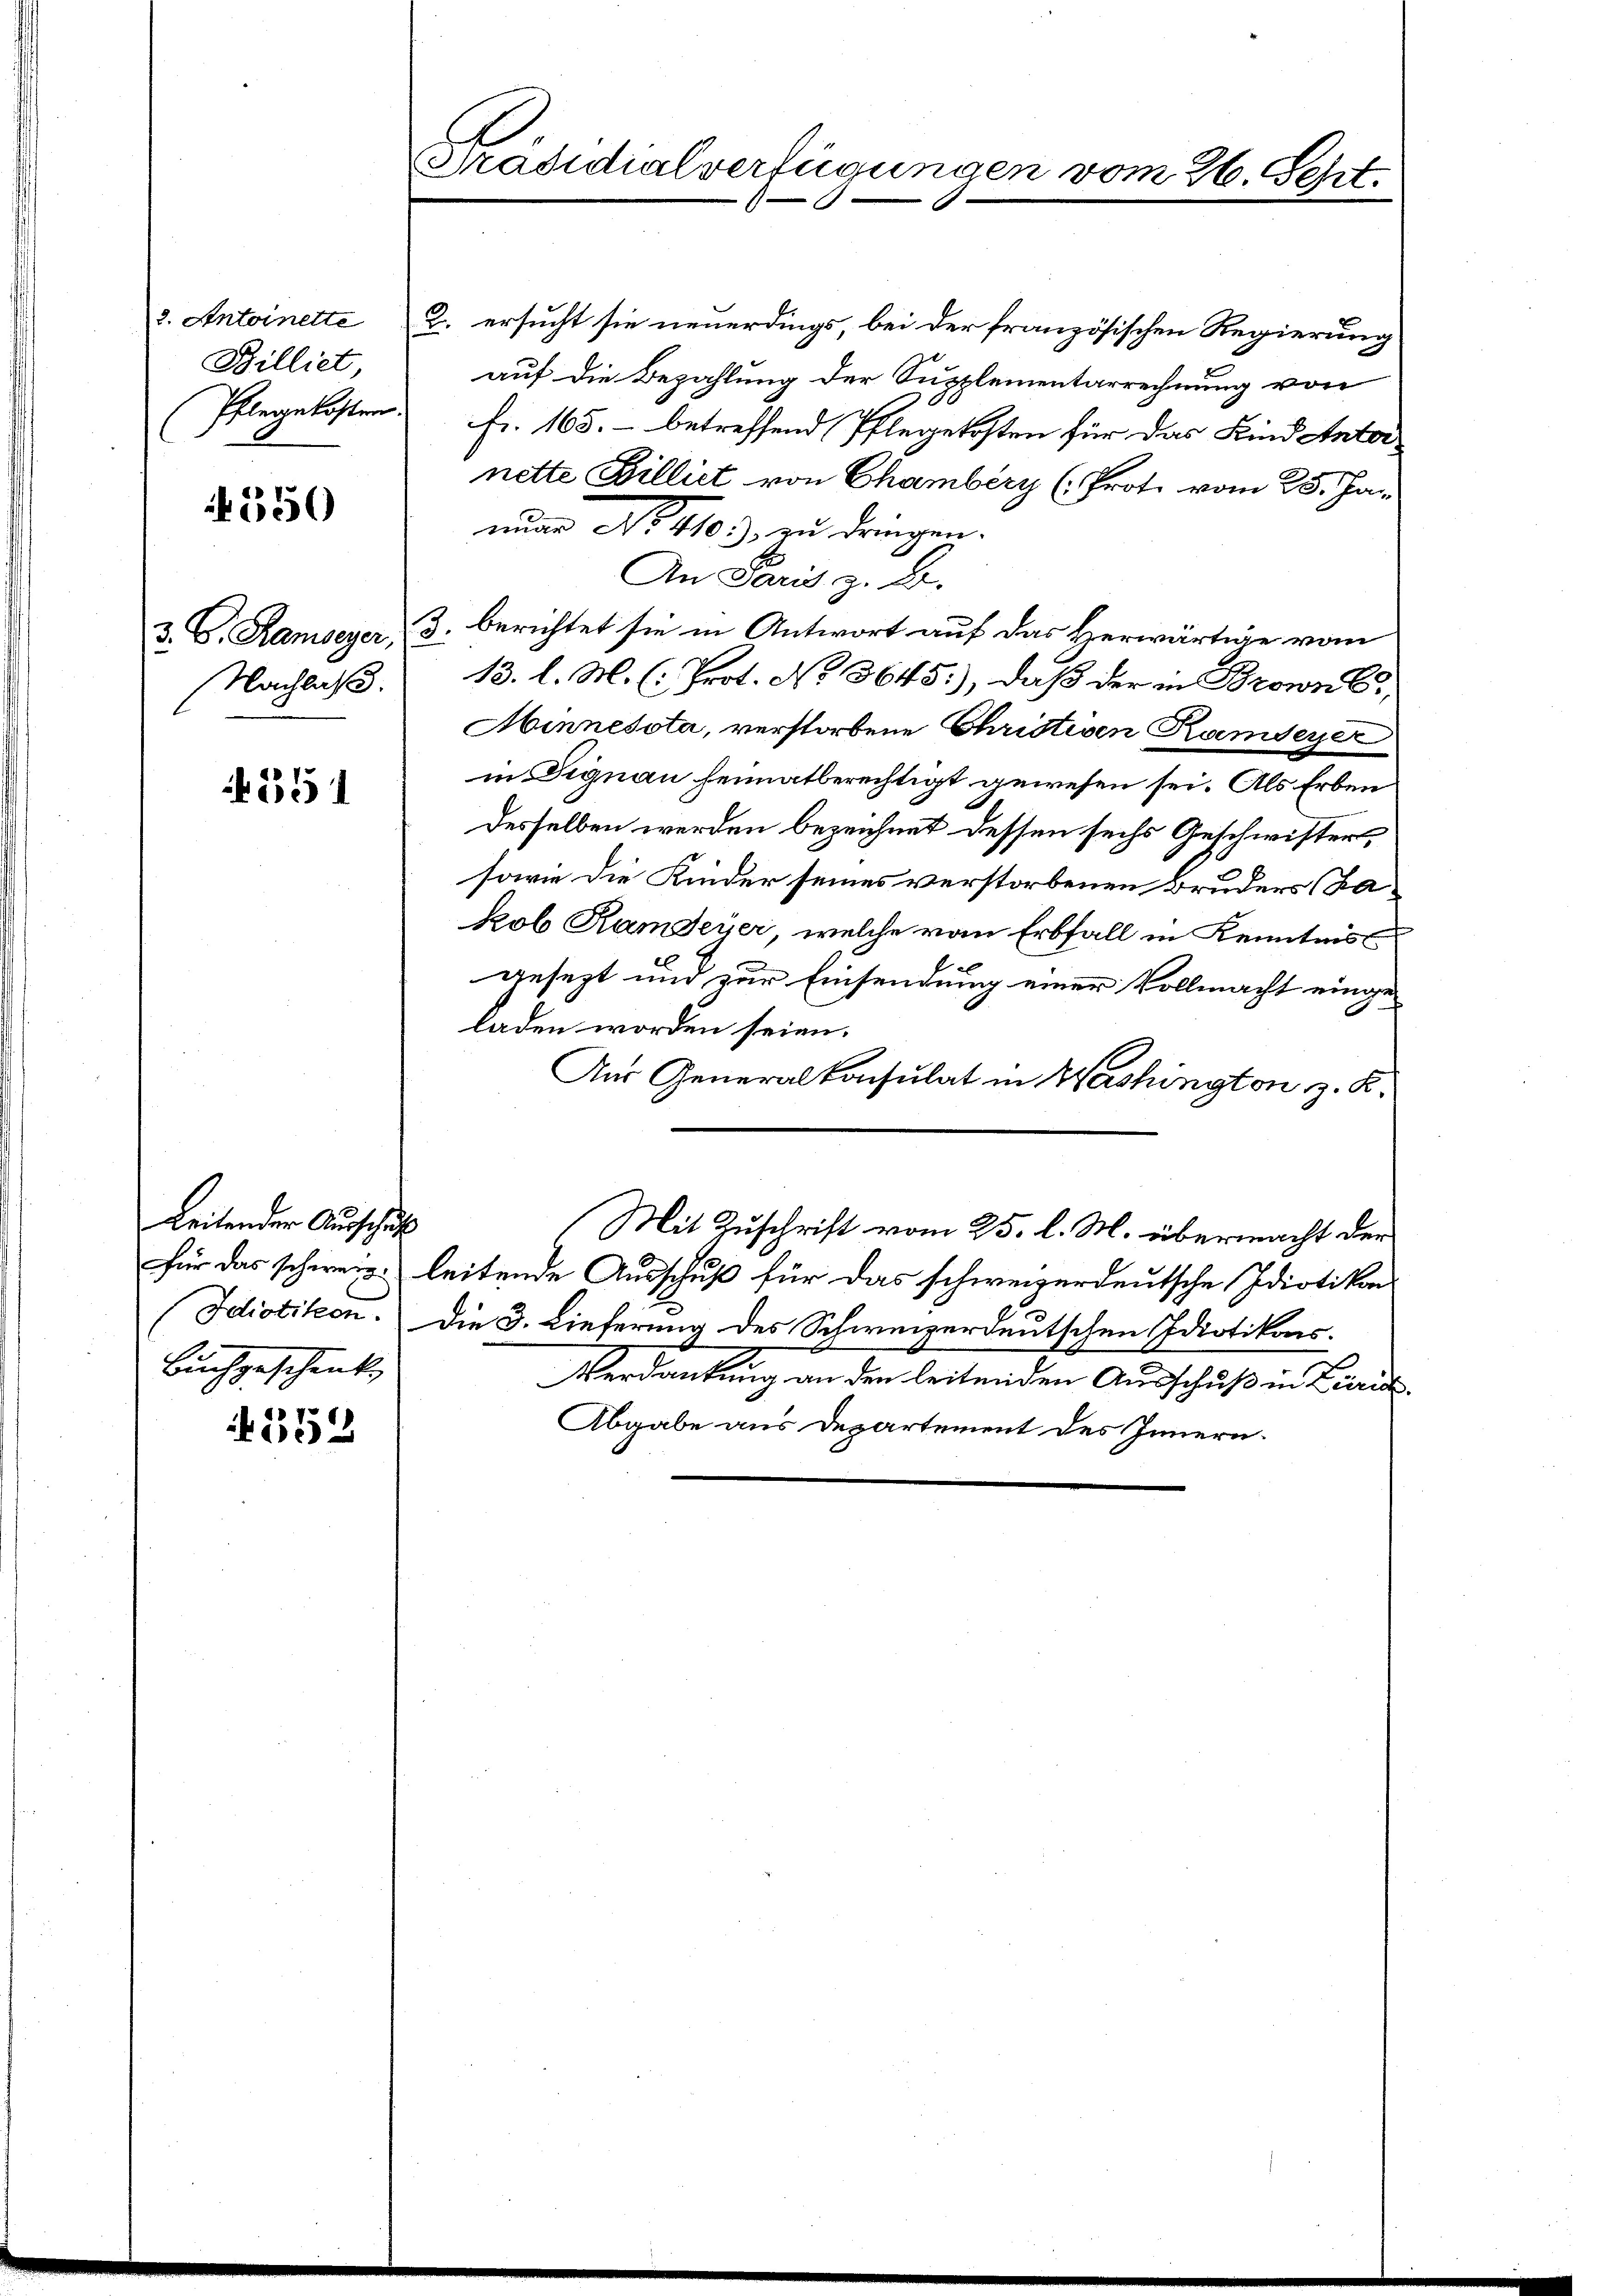
2. Antoinette
Billiet

550

2. ersucht sie neuerdings, bei der französischen Regierung
auf die Bezahlung der Supplementarrechnung von
Pflegekosten Fr. 165. - betreffend Pflegekosten für das Kind Antor-
nette Billiet von Chambéry (Prot. vom 25. Janung No 1103), zu dringen.
An Paris z. B.
3. C. Ramseyer, 3. berichtet sie in Antwort auf das Herwärtige vom
13. l. M. (: Prot. No. 3645), daß der in Brownl,
Minnesota, verstorbene Christiven Ramseyer
in Dignau heimatberechtigt gewesen sei. Als Erben
desselben werden bezeichnet dessen sechs Geschwister,
sowie die Kinder seines verstorbenen Bruders (Fakob Kamerer, welche vom Erbfall in Kenntnis
gesezt und zur Einsendung einer Vollmacht eingeladen worden seien.
Aus Generalkonsulat in Washington z. K.
(Mit Zuschrift vom 25. l. M. übermacht der
für das schweiz. leitende Ausschuß für das schweizerdeutsche Idiotikon
Idiotikon. Die 3. Lieferung des Schweizerdeutschen Idiotikons-
Verdankung an den leitenden Ausschuß in Züric
Abgabe aus Departement des Innern.

Nachlaß.

551

Leitender Ausschul
Buchgeschenk

4552

Präsidialverfügungen vom 26. Sept.